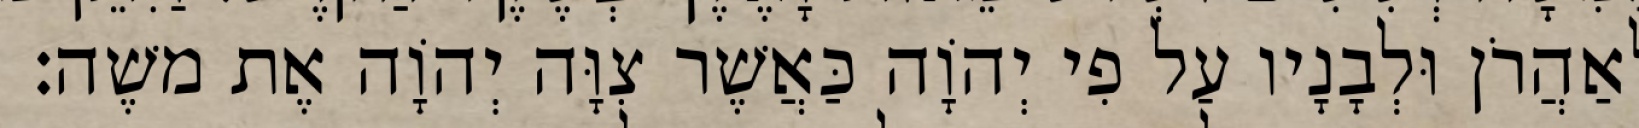
לְאַהֲרֹן וּלְבָנָיו עַל פִי יְהוָֹה כַּאֲשֶׁר צִוָּה יְהוָֹה אֶת משֶׁה׃